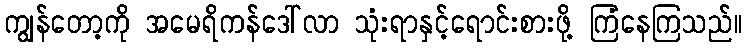
ကျွန်တော့ကို အမေရိကန်ဒေါ်လာ သုံးရာနှင့်ရောင်းစားဖို့ ကြံနေကြသည်။